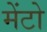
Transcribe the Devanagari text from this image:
मेंटो